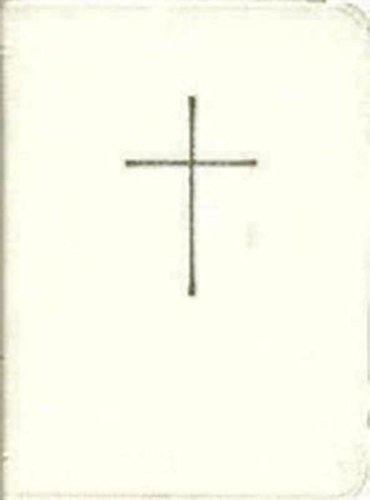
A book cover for Book of Common Prayer Deluxe Personal Edition: White Bonded Leather; Church Publishing; Christian Books & Bibles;